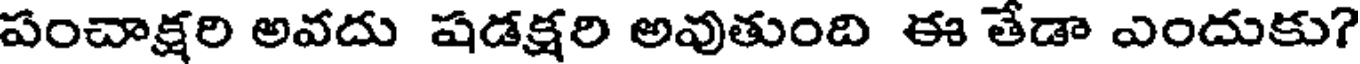
పంచాక్షరి అవదు షడక్షరి అవుతుంది ఈ తేడా ఎందుకు?